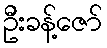
ဦးခန့်ဇော်